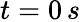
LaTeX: t=0\, s